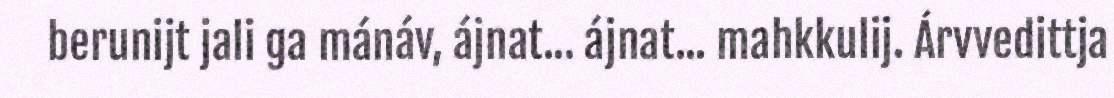
berunijt jali ga mánáv, ájnat... ájnat... mahkkulij. Árvvedittja